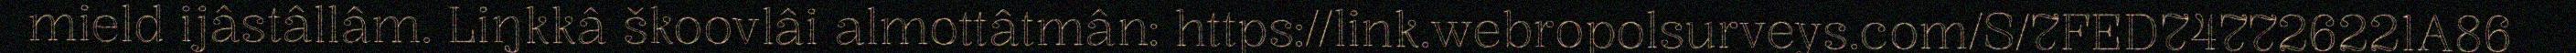
mield ijâstâllâm. Liŋkkâ škoovlâi almottâtmân: https://link.webropolsurveys.com/S/7FED747726221A86